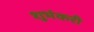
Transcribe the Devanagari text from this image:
शुभंकरी